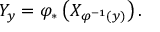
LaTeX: Y _ { y } = \varphi _ { * } \left( X _ { \varphi ^ { - 1 } ( y ) } \right) .